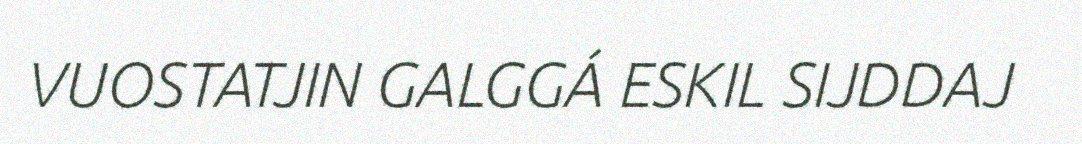
VUOSTATJIN GALGGÁ ESKIL SIJDDAJ